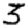
Digit: 3